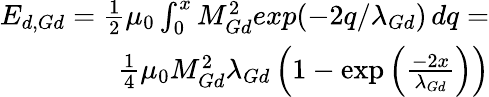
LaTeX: \begin{array}{r}{E_{d,Gd}=\frac{1}{2}\mu_{0}\int_{0}^{x}M_{Gd}^{2}exp(-2q/\lambda_{Gd})\, dq=}\\ {\frac{1}{4}\mu_{0}M_{Gd}^{2}\lambda_{Gd}\left(1-\exp\left(\frac{-2x}{\lambda_{Gd}}\right)\right)}\end{array}